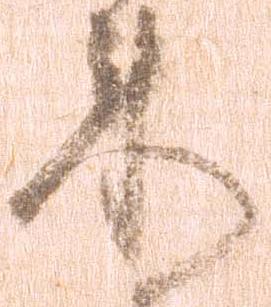
来